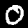
Label: 0